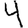
Digit: 4